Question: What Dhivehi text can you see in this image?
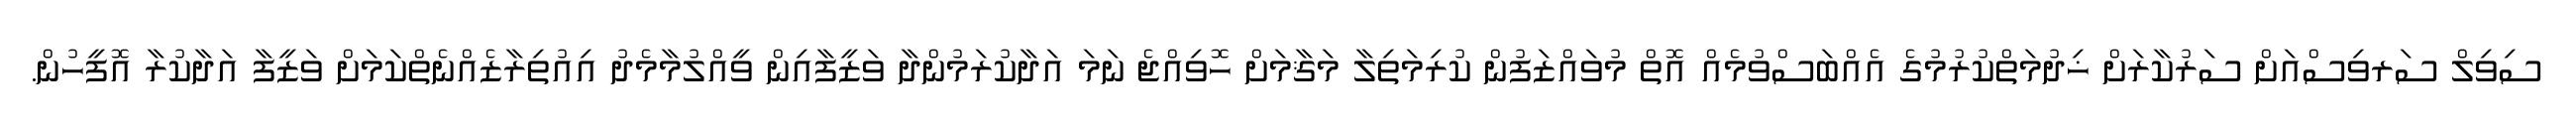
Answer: ސިވިލް ސަރވިސްއަށް ސަރުކާރަށް ޚިދުމަތްކުރުމުގެ އެއްބަސްވުމެއް އޮތް މުވައްޒަފުން ކުރިމަތިލާ މަޤާމަށް ހޮވިއްޖެ ނަމަ އަދާކުރަމުންދާ ވަޒީފާއިން ވީއްލުމާމެދު އިއުތިރާޒެއްނެތްކަމަށް ވަޒީފާ އަދާކުރާ އޮފީހުން.